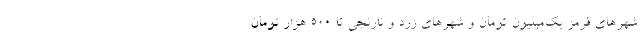
شهرهای قرمز یک‌میلیون تومان و شهرهای زرد و نارنجی تا ۵۰۰ هزار تومان